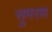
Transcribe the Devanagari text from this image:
सुमरण